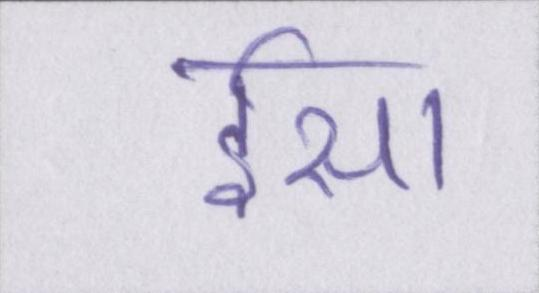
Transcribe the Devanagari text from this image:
ईसा